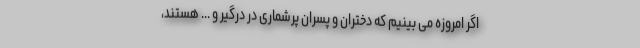
اگر امروزه می بینیم که دختران و پسران پرشماری در درگیر و ... هستند،